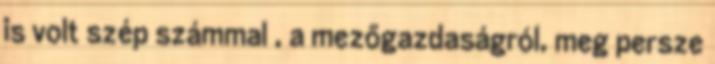
is volt szép számmal , a mezőgazdaságról, meg persze